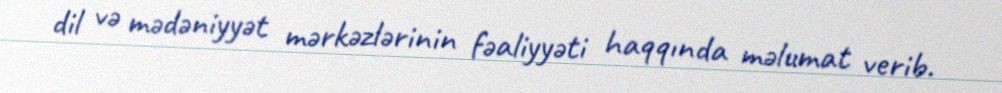
dil və mədəniyyət mərkəzlərinin fəaliyyəti haqqında məlumat verib.